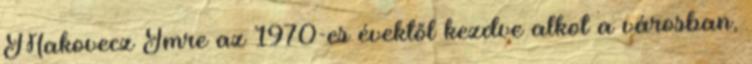
Makovecz Imre az 1970-es évektől kezdve alkot a városban,